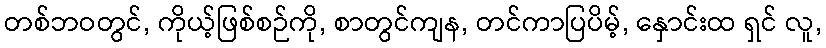
တစ်ဘဝတွင်, ကိုယ့်ဖြစ်စဉ်ကို, စာတွင်ကျန, တင်ကာပြပိမ့်, နှောင်းထ ရှင် လူ,